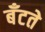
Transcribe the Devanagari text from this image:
बँटते